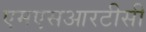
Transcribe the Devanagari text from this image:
एमएसआरटीसी